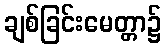
ချစ်ခြင်းမေတ္တာ၌